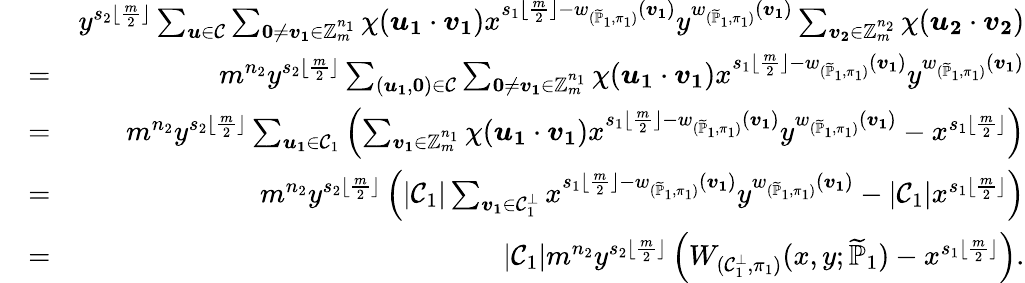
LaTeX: \begin{array}{rlr}&{}&{y^{s_{2}\lfloor\frac{m}{2}\rfloor}\sum_{\boldsymbol{u}\in\mathcal{C}}\sum_{\textbf{0}\neq\boldsymbol{v_{1}}\in\mathbb{Z}_{m}^{n_{1}}}\chi(\boldsymbol{u_{1}}\cdot\boldsymbol{v_{1}})x^{s_{1}\lfloor\frac{m}{2}\rfloor-w_{(\widetilde{\mathbb{P}}_{1},\pi_{1})}(\boldsymbol{v_{1}})}y^{w_{(\widetilde{\mathbb{P}}_{1},\pi_{1})}(\boldsymbol{v_{1}})}\sum_{\boldsymbol{v_{2}}\in\mathbb{Z}_{m}^{n_{2}}}\chi(\boldsymbol{u_{2}}\cdot\boldsymbol{v_{2}})}\\ &{=}&{m^{n_{2}}y^{s_{2}\lfloor\frac{m}{2}\rfloor}\sum_{(\boldsymbol{u_{1}},\textbf{0})\in\mathcal{C}}\sum_{\textbf{0}\neq\boldsymbol{v_{1}}\in\mathbb{Z}_{m}^{n_{1}}}\chi(\boldsymbol{u_{1}}\cdot\boldsymbol{v_{1}})x^{s_{1}\lfloor\frac{m}{2}\rfloor-w_{(\widetilde{\mathbb{P}}_{1},\pi_{1})}(\boldsymbol{v_{1}})}y^{w_{(\widetilde{\mathbb{P}}_{1},\pi_{1})}(\boldsymbol{v_{1}})}}\\ &{=}&{m^{n_{2}}y^{s_{2}\lfloor\frac{m}{2}\rfloor}\sum_{\boldsymbol{u_{1}}\in\mathcal{C}_{1}}\left(\sum_{\boldsymbol{v_{1}}\in\mathbb{Z}_{m}^{n_{1}}}\chi(\boldsymbol{u_{1}}\cdot\boldsymbol{v_{1}})x^{s_{1}\lfloor\frac{m}{2}\rfloor-w_{(\widetilde{\mathbb{P}}_{1},\pi_{1})}(\boldsymbol{v_{1}})}y^{w_{(\widetilde{\mathbb{P}}_{1},\pi_{1})}(\boldsymbol{v_{1}})}-x^{s_{1}\lfloor\frac{m}{2}\rfloor}\right)}\\ &{=}&{m^{n_{2}}y^{s_{2}\lfloor\frac{m}{2}\rfloor}\left(|\mathcal{C}_{1}|\sum_{\boldsymbol{v_{1}}\in\mathcal{C}_{1}^{\bot}}x^{s_{1}\lfloor\frac{m}{2}\rfloor-w_{(\widetilde{\mathbb{P}}_{1},\pi_{1})}(\boldsymbol{v_{1}})}y^{w_{(\widetilde{\mathbb{P}}_{1},\pi_{1})}(\boldsymbol{v_{1}})}-|\mathcal{C}_{1}|x^{s_{1}\lfloor\frac{m}{2}\rfloor}\right)}\\ &{=}&{|\mathcal{C}_{1}|m^{n_{2}}y^{s_{2}\lfloor\frac{m}{2}\rfloor}\left(W_{(\mathcal{C}_{1}^{\bot},\pi_{1})}(x,y;\widetilde{\mathbb{P}}_{1})-x^{s_{1}\lfloor\frac{m}{2}\rfloor}\right).}\end{array}